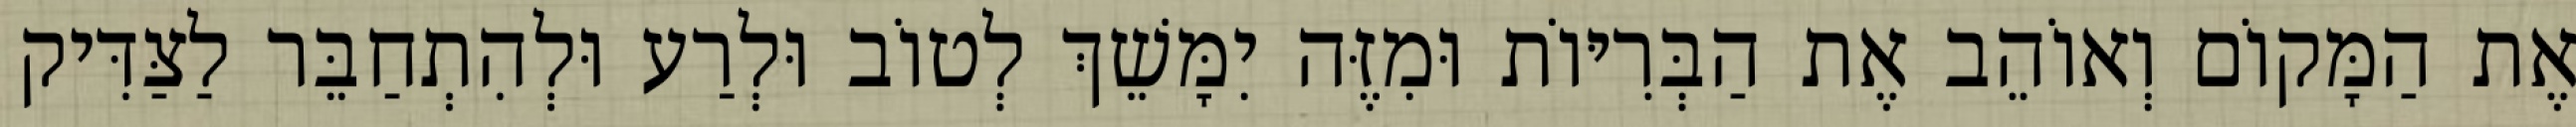
אֶת הַמָּקוֹם וְאוֹהֵב אֶת הַבְּרִיּוֹת וּמִזֶּה יִמָּשֵׁךְ לְטוֹב וּלְרַע וּלְהִתְחַבֵּר לַצַּדִּיק